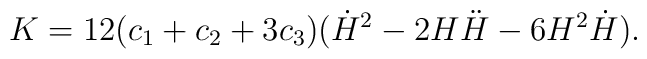
K=12(c_1+c_2+3c_3)(\dot{H}^2 - 2H \ddot{H} - 6H^2 \dot{H}).